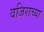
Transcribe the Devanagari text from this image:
वजिराच्या